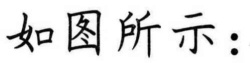
如图所示：